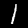
Digit: 1